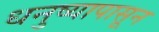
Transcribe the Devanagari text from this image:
धनुष्यापासून